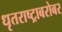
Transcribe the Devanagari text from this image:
धृतराष्ट्राबरोबर